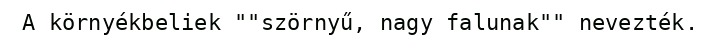
A környékbeliek ""szörnyű, nagy falunak"" nevezték.